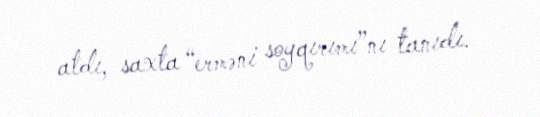
atdı, saxta “erməni soyqırımı”nı tanıdı.